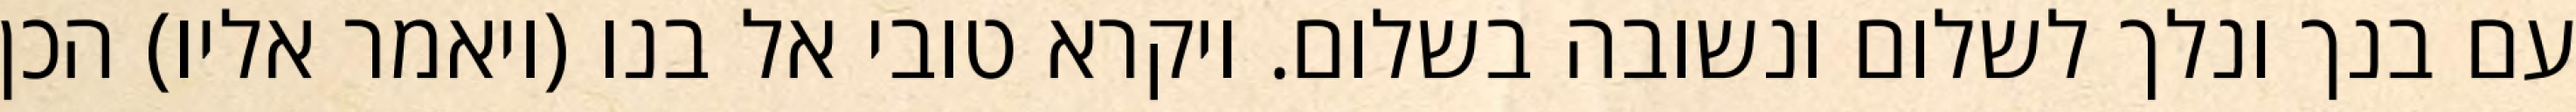
עם בנך ונלך לשלום ונשובה בשלום. ויקרא טובי אל בנו (ויאמר אליו) הכן